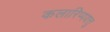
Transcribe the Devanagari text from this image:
कलारिप्पयत्तु